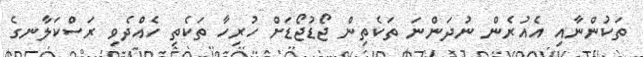
ތަކުންނާއި އެއުރެން ނުދަންނަ ތަކެތިން ޖޯޑުޖޯޑަށް ހުރިހާ ތަކެތި ހެއްދެވި ރަސްކަލާނގެ